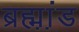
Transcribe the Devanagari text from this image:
ब्रह्म़ा़ंड